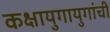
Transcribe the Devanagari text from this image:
कक्षायुगायुगांची